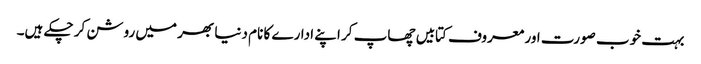
بہت خوب صورت اور معروف کتابیں چھاپ کر اپنے ادارے کا نام دنیا بھر میں روشن کر چکے ہیں۔